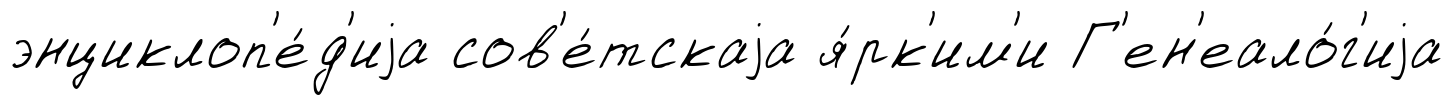
энциклоп'е́д'иjа сов'е́тскаjа я́рк'им'и Г'ен'еало́г'иjа